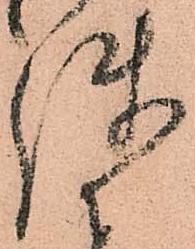
使